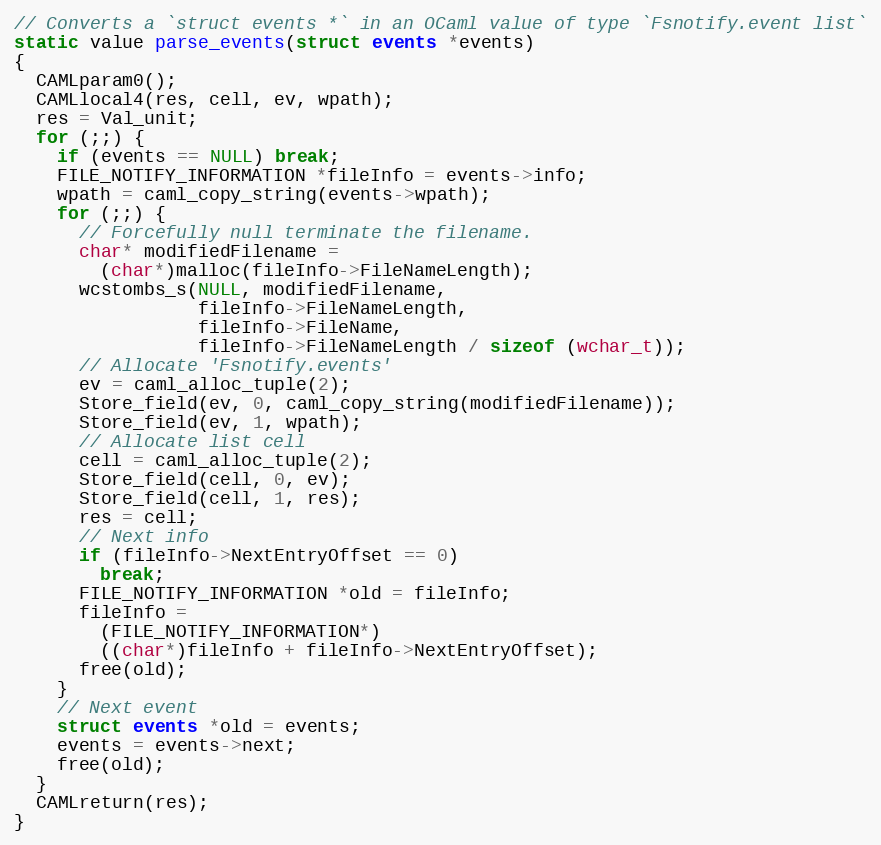
Language: C
// Converts a `struct events *` in an OCaml value of type `Fsnotify.event list`
static value parse_events(struct events *events)
{
  CAMLparam0();
  CAMLlocal4(res, cell, ev, wpath);
  res = Val_unit;
  for (;;) {
    if (events == NULL) break;
    FILE_NOTIFY_INFORMATION *fileInfo = events->info;
    wpath = caml_copy_string(events->wpath);
    for (;;) {
      // Forcefully null terminate the filename.
      char* modifiedFilename =
        (char*)malloc(fileInfo->FileNameLength);
      wcstombs_s(NULL, modifiedFilename,
                 fileInfo->FileNameLength,
                 fileInfo->FileName,
                 fileInfo->FileNameLength / sizeof (wchar_t));
      // Allocate 'Fsnotify.events'
      ev = caml_alloc_tuple(2);
      Store_field(ev, 0, caml_copy_string(modifiedFilename));
      Store_field(ev, 1, wpath);
      // Allocate list cell
      cell = caml_alloc_tuple(2);
      Store_field(cell, 0, ev);
      Store_field(cell, 1, res);
      res = cell;
      // Next info
      if (fileInfo->NextEntryOffset == 0)
        break;
      FILE_NOTIFY_INFORMATION *old = fileInfo;
      fileInfo =
        (FILE_NOTIFY_INFORMATION*)
        ((char*)fileInfo + fileInfo->NextEntryOffset);
      free(old);
    }
    // Next event
    struct events *old = events;
    events = events->next;
    free(old);
  }
  CAMLreturn(res);
}